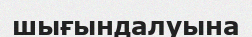
шығындалуына